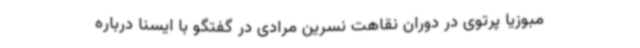
مبوزیا پرتوی در دوران نقاهت نسرین مرادی در گفتگو با ایسنا درباره